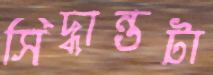
সিদ্ধান্তটা